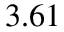
3 . 6 1